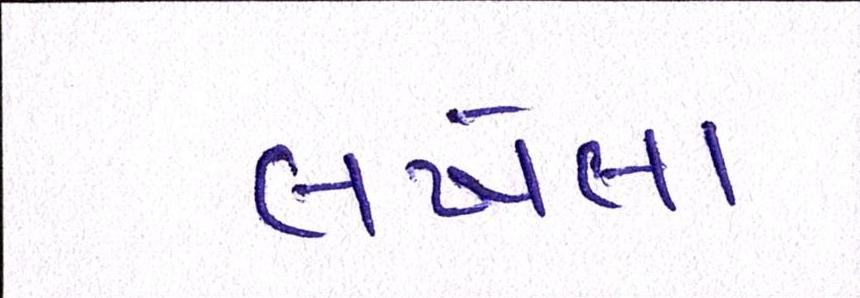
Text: લખેલા